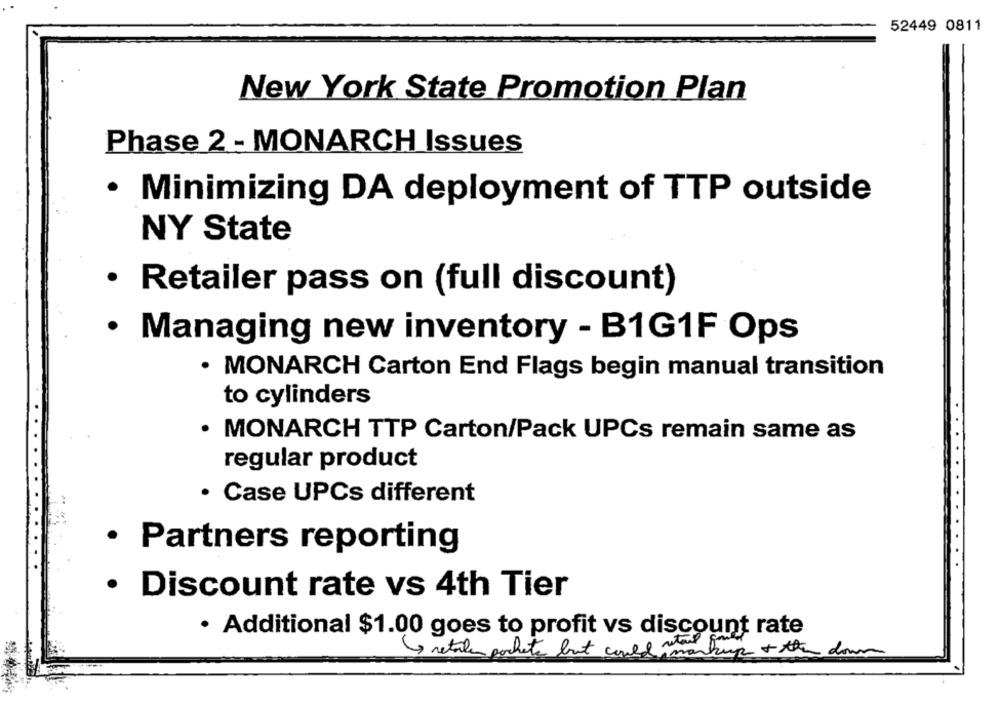
52449 0811
New York State Promotion Plan
Phase 2 - MONARCH Issues
· Minimizing DA deployment of TTP outside
NY State
· Retailer pass on (full discount)
· Managing new inventory - B1G1F Ops
· MONARCH Carton End Flags begin manual transition
to cylinders
· MONARCH TTP Carton/Pack UPCs remain same as
regular product
· Case UPCs different
· Partners reporting
· Discount rate vs 4th Tier
· Additional $1.00 goes to profit vs discount rate
Thankup + the down
( retale pochete but could am